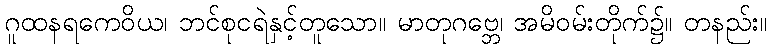
ဂူထနရကေဝိယ၊ ဘင်စုငရဲနှင့်တူသော။ မာတုဂဗ္ဘေ၊ အမိဝမ်းတိုက်၌။ တနည်း။